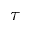
\tau